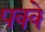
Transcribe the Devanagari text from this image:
पक्‍क्‍े